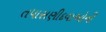
તપાસણીદવાઓની